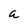
Character: a